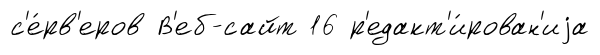
с'е́рв'еров В'еб-сайт 16 р'едакт'и́рован'иjа